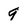
Character: 9